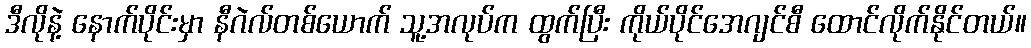
ဒီလိုနဲ့ နောက်ပိုင်းမှာ နီဂဲလ်တစ်ယောက် သူ့အလုပ်က ထွက်ပြီး ကိုယ်ပိုင်အေဂျင်စီ ထောင်လိုက်နိုင်တယ်။